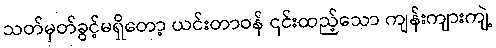
သတ်မှတ်ခွင့်မရှိတော့ ယင်းတာဝန် ၎င်းထည့်သော ကျန်းကျားကျဲ့